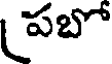
పబో